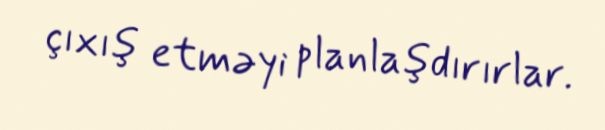
çıxış etməyi planlaşdırırlar.